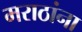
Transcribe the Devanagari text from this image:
मराठांना